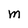
Character: M